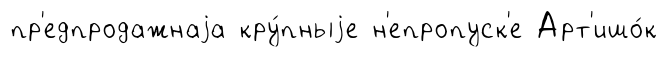
пр'едпродажнаjа кру́пныjе н'епропуск'е Арт'ишо́к